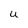
Character: U